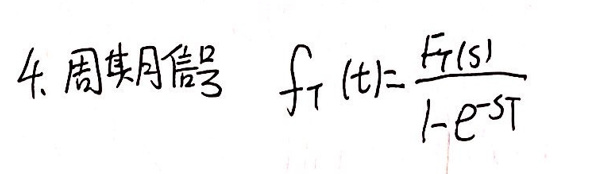
4. 周期信号 \( f_T(t)=\frac{F_T(s)}{1 - e^{-sT}} \)